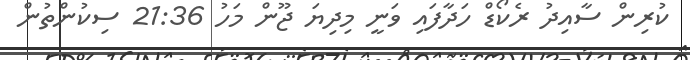
ކުރިން ސާއިދު ރެކޯޑް ހަދާފައި ވަނީ މިދިޔަ ޖޫން މަހު 21:36 ސިކުންތުން